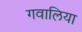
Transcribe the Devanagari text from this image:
गवालिया